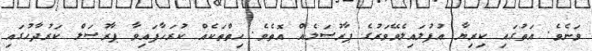
ވަނެވެ. އަތުގައި ކިރިޔާ އުފުލައިލެވޭވަރުގެ ޕާރުސަލެއް އޮތެވެ. ހިތްތަކެއް ކުރަހާފައިވާ ޕާރުސަލް ކަރުދާހުގައި